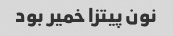
نون پیتزا خمیر بود